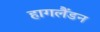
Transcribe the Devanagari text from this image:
हागलैंडन